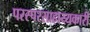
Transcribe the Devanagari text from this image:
परस्परसाहाय्यकारी